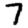
Digit: 7